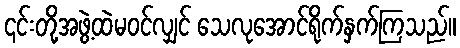
၎င်းတို့အဖွဲ့ထဲမဝင်လျှင် သေလုအောင်ရိုက်နှက်ကြသည်။